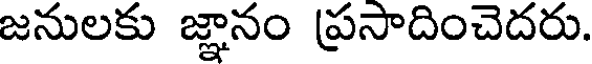
జనులకు జ్ఞానం ప్రసాదించెదరు.